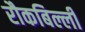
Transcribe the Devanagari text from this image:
रौकबिल्ली